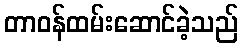
တာဝန်ထမ်းဆောင်ခဲ့သည်